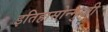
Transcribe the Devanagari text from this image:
इतिहासोन्मुखी